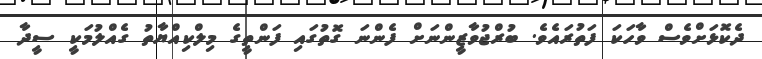
ދެކޮޅަށްވެސް ވާހަކަ ފަތުރައެވެ. ބުރްޖުވާޒީންނަށް ފެންނަ ގޮތުގައި ފަންތީގެ މިލްކިއްޔާތު ގެއްލުމަކީ ސީދާ